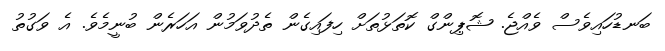
ބަނޑުހައިވެސް ވެއްޖެ. ޝޮޕިންގް ކޮތަޅުތަށް ހިފައިގެން ތެދުވަމުން އަހަރެން ބުނީމެވެ. އެ ވަގުތު